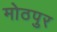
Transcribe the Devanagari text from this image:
मोठपुर